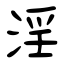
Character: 淫